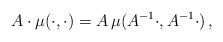
LaTeX: \begin{align*}A\cdot \mu(\cdot,\cdot)=A\,\mu(A^{-1}\cdot,A^{-1}\cdot)\,,\end{align*}